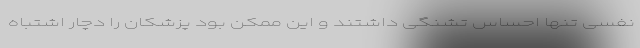
نفسی تنها احساس تشنگی داشتند و این ممکن بود پزشکان را دچار اشتباه